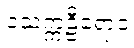
ဝံသက္ကဠီရောဝ